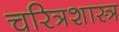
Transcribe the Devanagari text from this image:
चरित्रशास्त्र